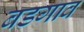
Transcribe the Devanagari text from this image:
बडगाव